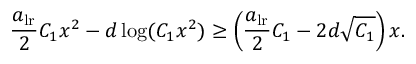
\frac { a _ { \mathrm { l r } } } { 2 } C _ { 1 } x ^ { 2 } - d \log ( C _ { 1 } x ^ { 2 } ) \geq \left( \frac { a _ { \mathrm { l r } } } { 2 } C _ { 1 } - 2 d \sqrt { C _ { 1 } } \right) x .